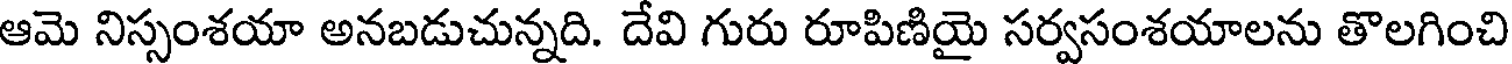
ఆమె నిస్సంశయా అనబడుచున్నది. దేవి గురు రూపిణియై సర్వసంశయాలను తొలగించి